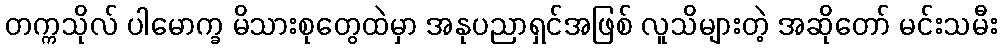
တက္ကသိုလ် ပါမောက္ခ မိသားစုတွေထဲမှာ အနုပညာရှင်အဖြစ် လူသိများတဲ့ အဆိုတော် မင်းသမီး